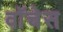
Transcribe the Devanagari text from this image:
वॉचेस